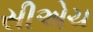
સીએચ